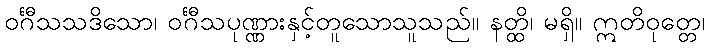
ဝင်္ဂီသသဒိသော၊ ဝင်္ဂီသပုဏ္ဏားနှင့်တူသောသူသည်။ နတ္ထိ၊ မရှိ။ ဣတိဝုတ္တေ၊